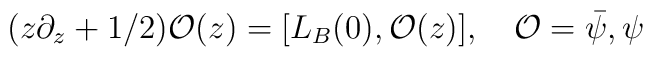
(z\partial_z + 1/2){\mathcal O}(z) = [L_B(0),{\mathcal O}(z)],\quad {\mathcal O} = {\bar\psi},\psi